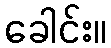
ခေါင်း။